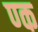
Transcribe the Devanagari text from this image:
ण्क